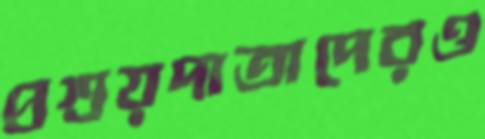
প্রশ্রয়দাতাদেরও